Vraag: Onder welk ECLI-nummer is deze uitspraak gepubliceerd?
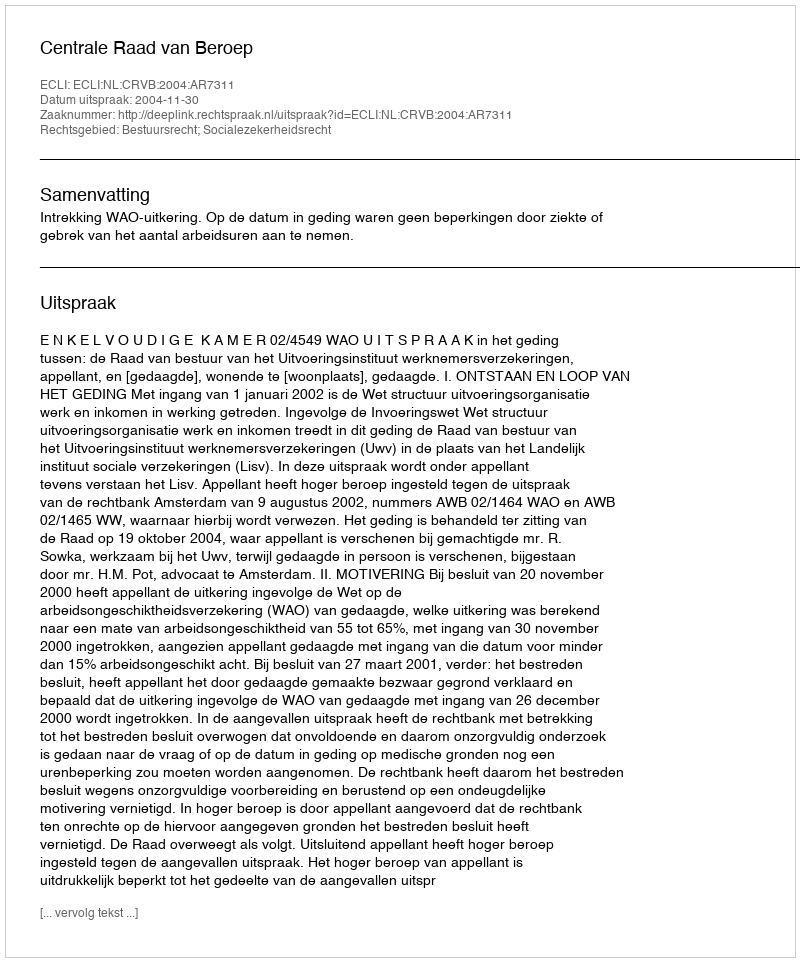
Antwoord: ECLI:NL:CRVB:2004:AR7311